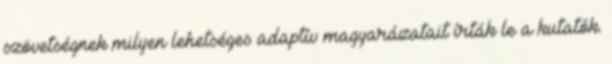
szövetségnek milyen lehetséges adaptív magyarázatait írták le a kutatók.